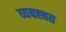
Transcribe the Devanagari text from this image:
व्यबह्वत